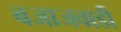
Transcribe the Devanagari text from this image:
बजाजवाडी